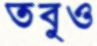
তবুও